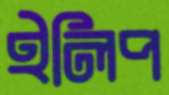
ইলিপ